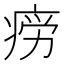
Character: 𭼎